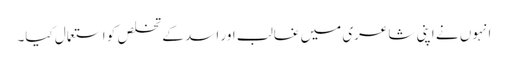
انہوں نے اپنی شاعری میں غالب اور اسد کے تخلص کو استعمال کیا۔